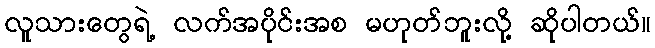
လူသားတွေရဲ့ လက်အပိုင်းအစ မဟုတ်ဘူးလို့ ဆိုပါတယ်။